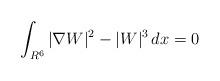
LaTeX: \begin{align*}\int_{R^6}|\nabla W|^2-|W|^3\,dx=0\end{align*}